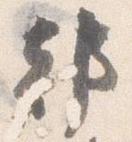
都